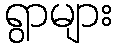
ရွာများ